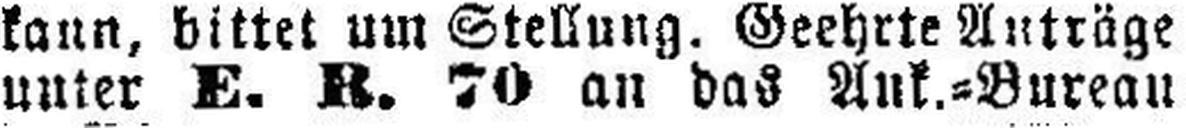
unter E. R. 70 an das Ank.=Bureau